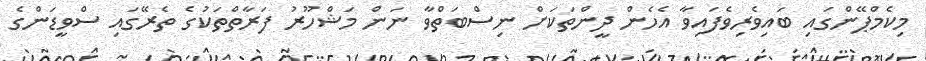
މިކެމްޕޭންގައި ބައިވެރިވެފައިވާ އެހެން ދީންތަކަށް ނިސްބަތްވާ ނަން މަޝްހޫރު ފަރާތްތަކުގެ ތެރޭގައި ސްވީޑަންގެ